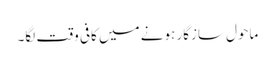
ماحول سازگار ہونے میں کافی وقت لگا۔